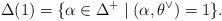
LaTeX: \begin{align*}\Delta(1)=\{\alpha\in\Delta^+\mid (\alpha, \theta^{\vee})=1\}.\end{align*}